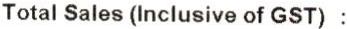
TOTAL SALES (INCLUSIVE OF GST) :